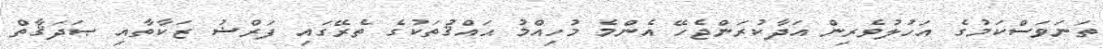
ތަނަވަސްކަމުގެ އަހުލުވެރިން އަދާކުރަންޖެހޭ އެންމެ މުހިއްމު ޙައްޤުތަކުގެ ތެރޭގައި ފަރްޟު ޒަކާތާއި ޞަދަޤާތް